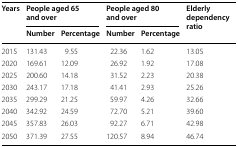
<table><thead><tr><td rowspan="2"><b>Years</b></td><td colspan="2"><b>People aged 65 and over</b></td><td colspan="2"><b>People aged 80 and over</b></td><td rowspan="2"><b>Elderly dependency ratio</b></td></tr><tr><td><b>Number</b></td><td><b>Percentage</b></td><td><b>Number</b></td><td><b>Percentage</b></td></tr></thead><tbody><tr><td>2015</td><td>131.43</td><td>9.55</td><td>22.36</td><td>1.62</td><td>13.05</td></tr><tr><td>2020</td><td>169.61</td><td>12.09</td><td>26.92</td><td>1.92</td><td>17.08</td></tr><tr><td>2025</td><td>200.60</td><td>14.18</td><td>31.52</td><td>2.23</td><td>20.38</td></tr><tr><td>2030</td><td>243.17</td><td>17.18</td><td>41.41</td><td>2.93</td><td>25.26</td></tr><tr><td>2035</td><td>299.29</td><td>21.25</td><td>59.97</td><td>4.26</td><td>32.66</td></tr><tr><td>2040</td><td>342.92</td><td>24.59</td><td>72.70</td><td>5.21</td><td>39.60</td></tr><tr><td>2045</td><td>357.83</td><td>26.03</td><td>92.27</td><td>6.71</td><td>42.98</td></tr><tr><td>2050</td><td>371.39</td><td>27.55</td><td>120.57</td><td>8.94</td><td>46.74</td></tr></tbody></table>